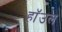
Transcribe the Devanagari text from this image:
हाॅउल